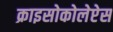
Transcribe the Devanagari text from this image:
क्राइसोकोलेप्टेस